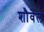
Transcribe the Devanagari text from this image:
शौवेल